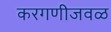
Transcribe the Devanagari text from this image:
करगणीजवळ